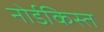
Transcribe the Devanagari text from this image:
नोर्डकिस्त